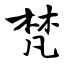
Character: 梵